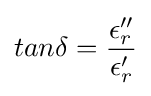
tan\delta ={\frac {\epsilon _{r}''}{\epsilon _{r}'}}